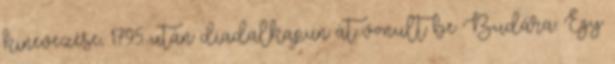
kinevezése, 1795 után diadalkapun át vonult be Budára. Egy